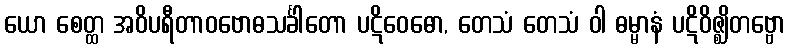
ယော စေတ္ထ အဝိပရီတာဝဗောဓသင်္ခါတော ပဋိဝေဓော, တေသံ တေသံ ဝါ ဓမ္မာနံ ပဋိဝိဇ္ဈိတဗ္ဗော